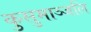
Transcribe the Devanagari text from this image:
कुसुमाञ्जलि